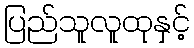
ပြည်သူလူထုနှင့်